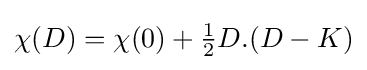
\chi (D)=\chi (0)+{\tfrac {1}{2}}D.(D-K)